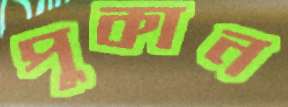
পুকান